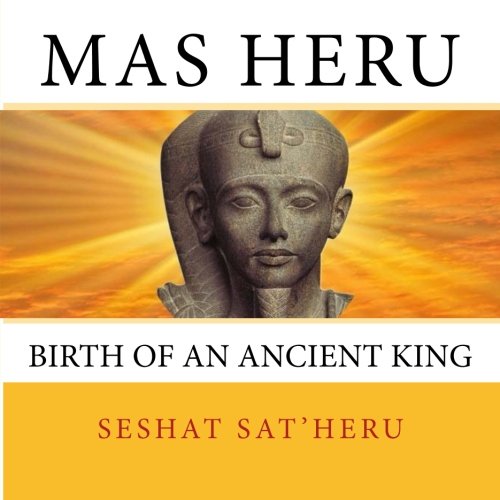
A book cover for Mas Heru: The Birth of an Ancient King; Seshat Sat'Heru; Children's Books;